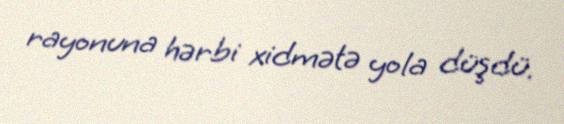
rayonuna hərbi xidmətə yola düşdü.